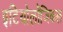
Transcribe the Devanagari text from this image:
इटियोलॉजिकल